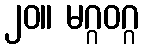
၂၀။ မဂ္ဂဝဂ္ဂ